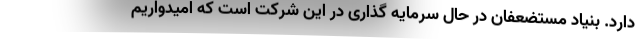
دارد. بنیاد مستضعفان در حال سرمایه گذاری در این شرکت است که امیدواریم